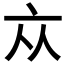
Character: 𠅃